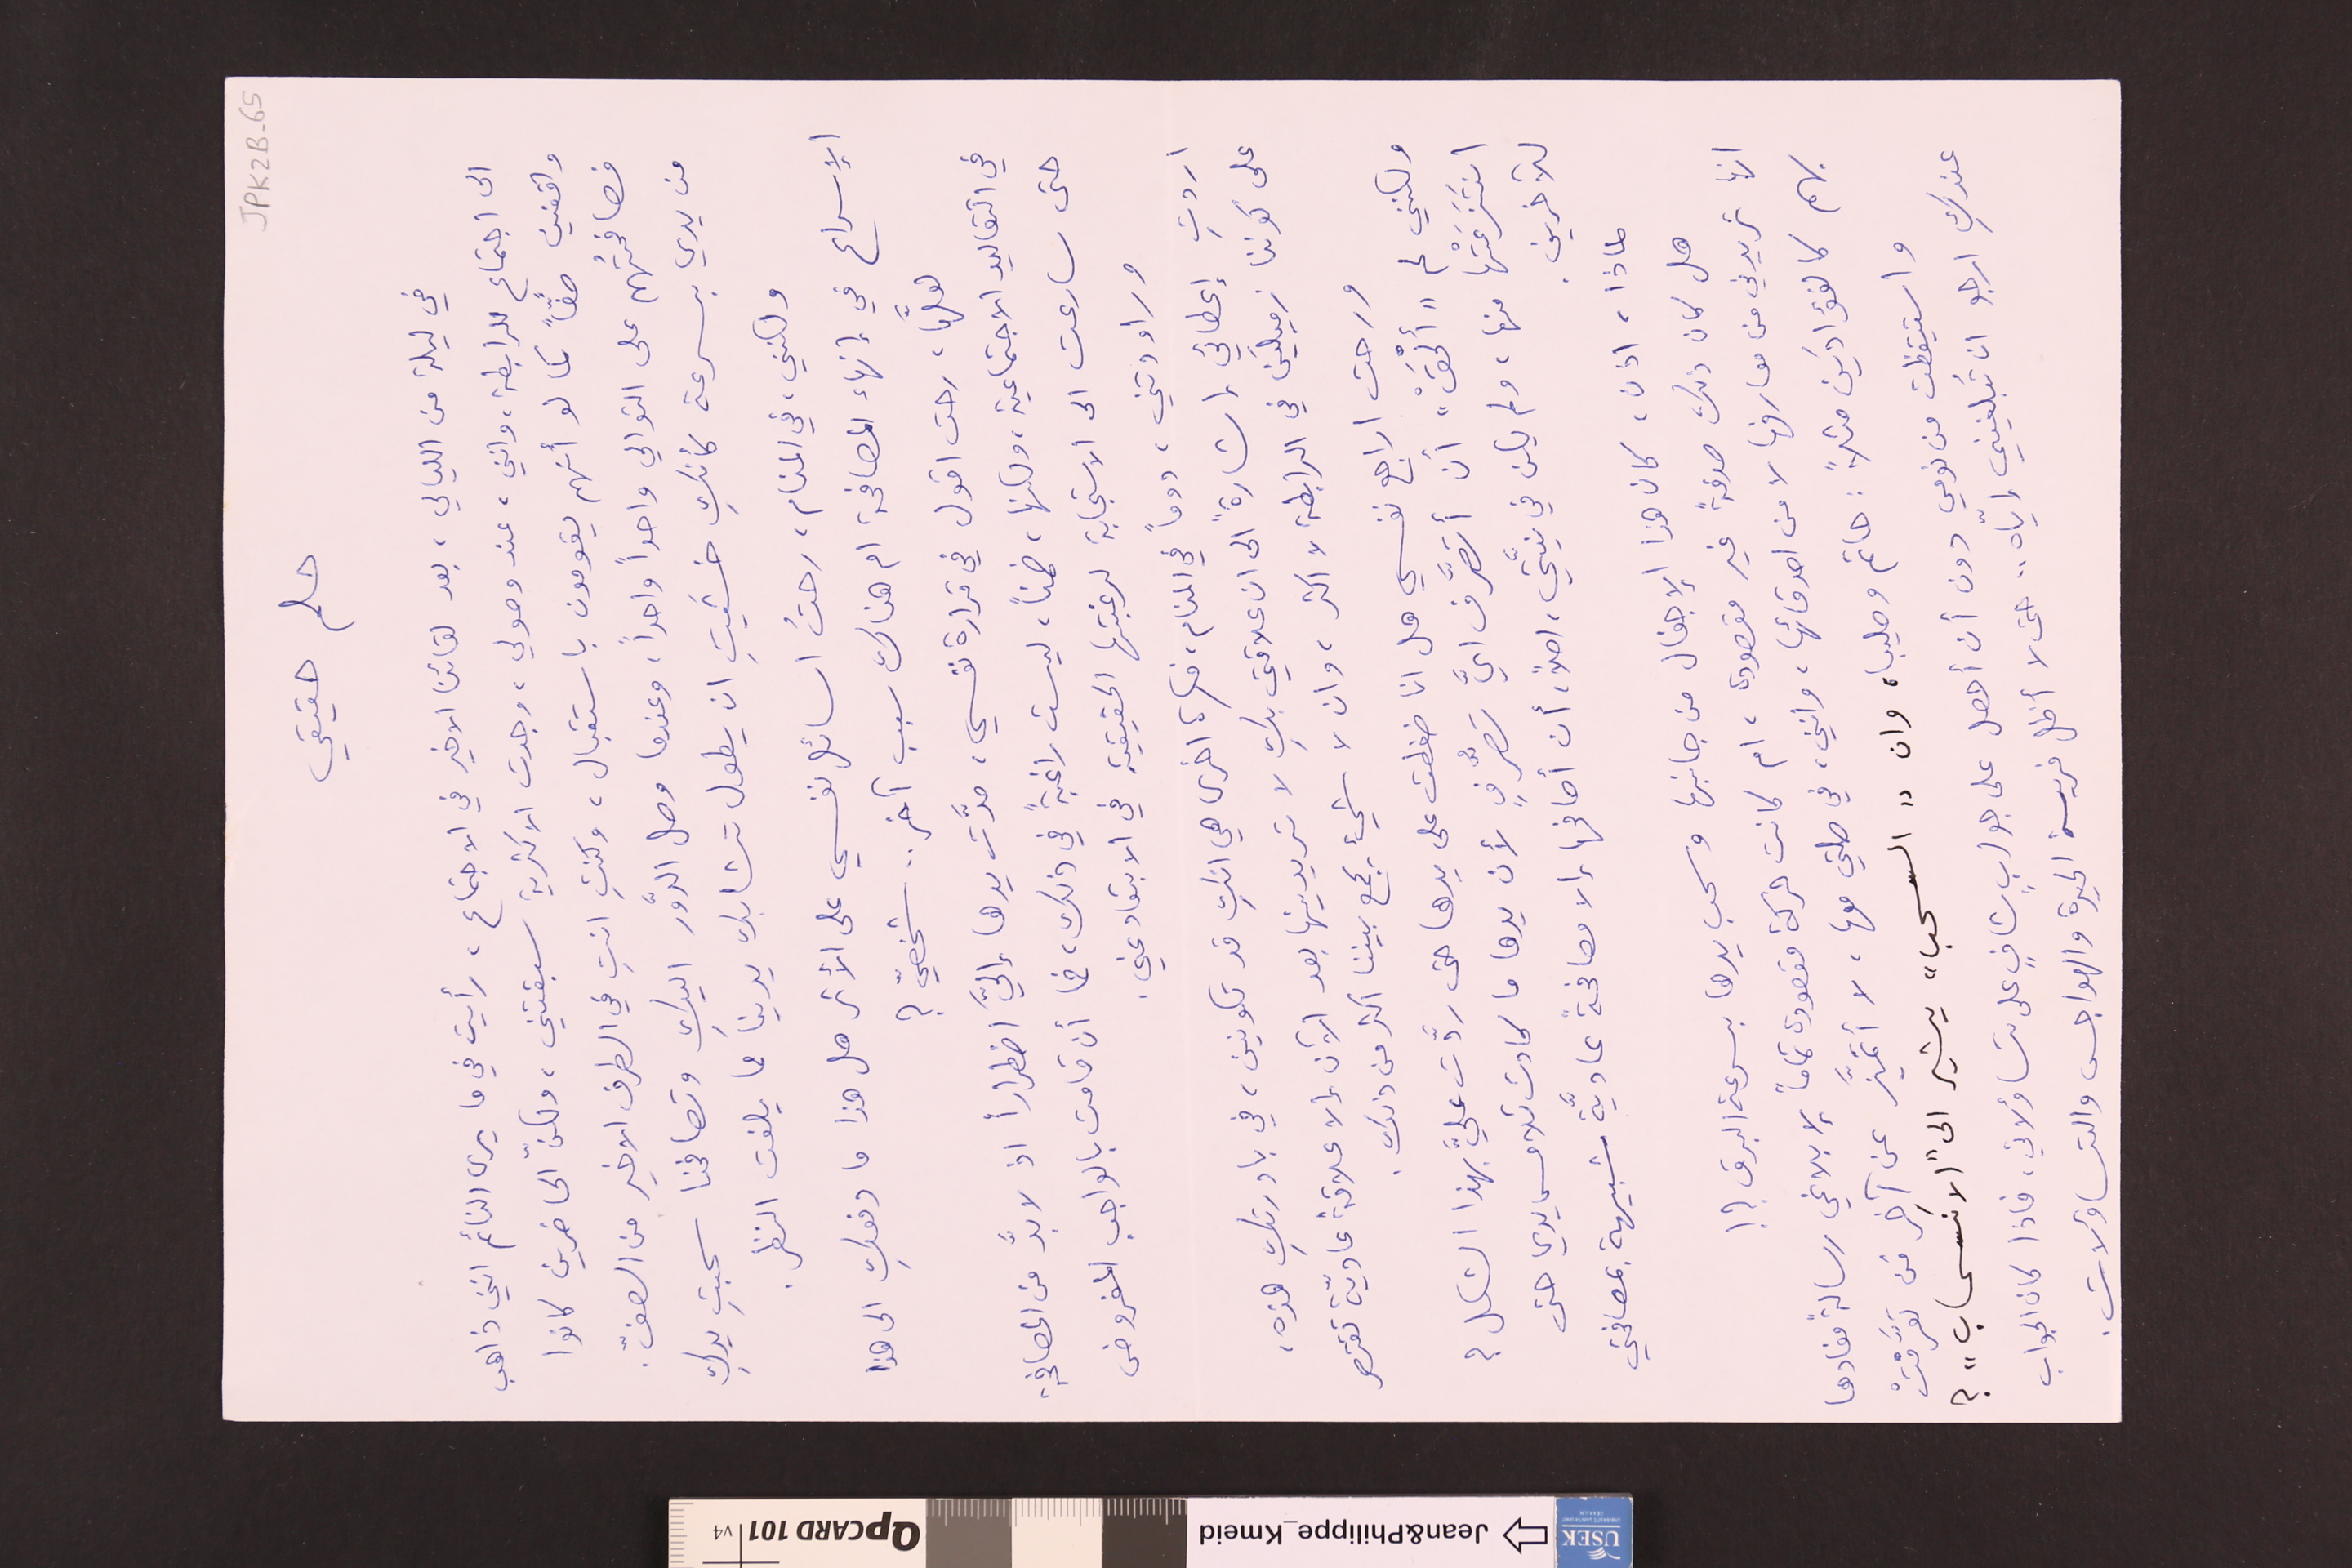
JPK2B-65
حلم حقيقي
في ليلة من الليالي، بعد لقائنا الاخير في الاجتماع، رأيت في ما يرى النائم انني ذاهب
الى اجتماع الرابطة، وانني، عند وصولي، وجدت الاكثرية سبقتني، ولكنّ الحاضرين كانوا
واقفين صفاً كما لو أنهم يقومون باستقبال، وكنتِ انتِ في الطرف الاخير من الصفّ.
فصافحتُهم على التوالي واحداً واحداً، وعندما وصل الدَّور اليكِ وتصافحنا سحبتِ يدكِ
من يدي بسرعة كأنكِ خشّيتٍ ان يطول تشابك يدينا مما يلفت النظر.
ولكنني، في المنام، رحتُ اسائل نفسي على الأثر هل هذا ما دفعكِ الى هذا
الإسراع في إنهاء المصافحة ام هناك سبب آخر .. شخصيّ؟
لعلَّها، رحت اقول في قرارة نفسي، مرَّت يدها إليَّ اضطراراً اذ لا بدَّ من المصافحة
في التقاليد الاجتماعية، ولكنها، ضمناً، ليست راغبةً في ذلك، فما أن قامت بالواجب المفروض
حتى سارعت الى الاستجابة لرغبتها الحقيقية في الابتعاد عني.
وراودتني، دوماً في المنام، فكرة اخرى هي انكِ قد تكونين، في بادرتكِ هذه،
اردتِ إعطائي إشارةً الى ان علاقتي بكِ لا تريدينها بعد الآن إلا علاقة عاديّة تقتصر
على كوننا زميلَين في الرابطة لا اكثر، وان لا شيء يجمع بيننا اكثر من ذلك.
ورحت اراجع نفسي هل انا ضغطت على يدها حتى ردَّت عليَّ بهذا الشكل ؟
ولكنني لم "ألْحَقْ" أن أتصرَّف أيَّ تصرُّفٍ لأن يدها ما كادت تلامسها يدي حتى
 انتَزَعَتْها منها، ولم يكن في نيَّتي، اصلاً، أن أصافحها إلا مصافحةً عاديَّة شبيهة بمصافحتي
للآخرين.
لماذا، اذن، كان هذا الإجفال من جانبها وسحب يدها بسرعة البرق ؟ !
هل كان ذلك صدفةً غير مقصودة، ام كانت حركة مقصودة تماماً لإبلاغي رسالةً مفادها
انها تريدني من معارفها لا من اصدقائها، وانني، في صلتي معها، لا أتميَّز عن آخر مَن تعرَّفتْ
بهم كالفؤادَين مثلاً : حاتم وصليبا، وان "السحب" يشير الى "الآنسحاب"؟
واستيقظت من نومي دون أن أحصل على جوابٍ شافٍ على تساؤلاتي، فاذا كان الجواب
عندكِ ارجو ان تُبلغيني إيّاه .. حتى لا أظل فريسة الحيرة والهواجس والتساؤلات.